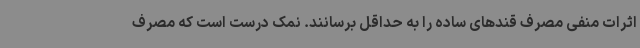
اثرات منفی مصرف قندهای ساده را به حداقل برسانند. نمک درست است که مصرف